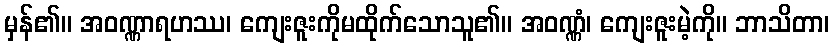
မှန်၏။ အဝဏ္ဏာရဟဿ၊ ကျေးဇူးကိုမထိုက်သောသူ၏။ အဝဏ္ဏံ၊ ကျေးဇူးမဲ့ကို။ ဘာသိတာ၊